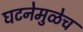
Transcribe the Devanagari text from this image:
घटनेमुळेच